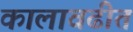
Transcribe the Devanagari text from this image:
कालावढीत